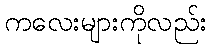
ကလေးများကိုလည်း